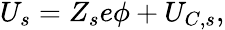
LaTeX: \begin{array}{r}{U_{s}=Z_{s}e\phi+U_{C,s},}\end{array}